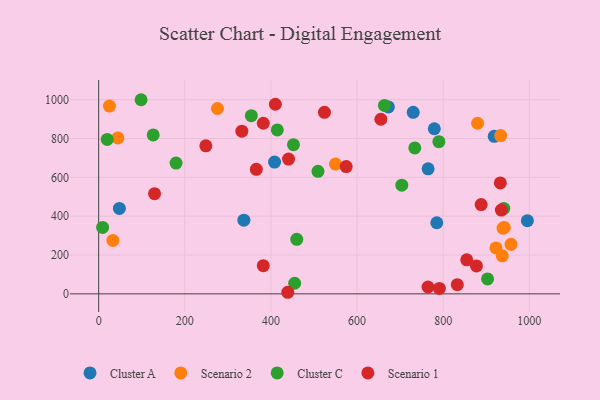
{"axis": {"x": "Experience", "y": "Salary"}, "legend": ["Cluster A", "Cluster C", "Scenario 1", "Scenario 2"], "data": [{"x": "48.1", "y": 439.9, "type": "Cluster A"}, {"x": "995.5", "y": 376.7, "type": "Cluster A"}, {"x": "779.4", "y": 850.4, "type": "Cluster A"}, {"x": "672.8", "y": 962.7, "type": "Cluster A"}, {"x": "765.0", "y": 644.1, "type": "Cluster A"}, {"x": "730.4", "y": 935.1, "type": "Cluster A"}, {"x": "785.1", "y": 366.2, "type": "Cluster A"}, {"x": "337.2", "y": 379.3, "type": "Cluster A"}, {"x": "918.5", "y": 811.2, "type": "Cluster A"}, {"x": "408.5", "y": 678.6, "type": "Cluster A"}, {"x": "942.0", "y": 341.6, "type": "Scenario 2"}, {"x": "922.6", "y": 236.7, "type": "Scenario 2"}, {"x": "25.1", "y": 967.2, "type": "Scenario 2"}, {"x": "957.6", "y": 255.2, "type": "Scenario 2"}, {"x": "33.1", "y": 275.3, "type": "Scenario 2"}, {"x": "549.9", "y": 668.3, "type": "Scenario 2"}, {"x": "879.9", "y": 878.6, "type": "Scenario 2"}, {"x": "939.1", "y": 338.3, "type": "Scenario 2"}, {"x": "933.5", "y": 815.2, "type": "Scenario 2"}, {"x": "44.7", "y": 803.2, "type": "Scenario 2"}, {"x": "275.8", "y": 954.5, "type": "Scenario 2"}, {"x": "937.2", "y": 195.8, "type": "Scenario 2"}, {"x": "790.0", "y": 784.0, "type": "Cluster C"}, {"x": "414.8", "y": 844.2, "type": "Cluster C"}, {"x": "703.9", "y": 559.6, "type": "Cluster C"}, {"x": "455.1", "y": 54.6, "type": "Cluster C"}, {"x": "509.3", "y": 631.0, "type": "Cluster C"}, {"x": "734.1", "y": 751.4, "type": "Cluster C"}, {"x": "903.1", "y": 77.1, "type": "Cluster C"}, {"x": "98.5", "y": 999.8, "type": "Cluster C"}, {"x": "126.6", "y": 818.3, "type": "Cluster C"}, {"x": "354.5", "y": 917.9, "type": "Cluster C"}, {"x": "940.8", "y": 440.0, "type": "Cluster C"}, {"x": "452.4", "y": 768.2, "type": "Cluster C"}, {"x": "663.6", "y": 970.5, "type": "Cluster C"}, {"x": "19.9", "y": 795.2, "type": "Cluster C"}, {"x": "179.7", "y": 673.4, "type": "Cluster C"}, {"x": "9.2", "y": 342.1, "type": "Cluster C"}, {"x": "460.0", "y": 280.7, "type": "Cluster C"}, {"x": "935.1", "y": 431.4, "type": "Scenario 1"}, {"x": "877.3", "y": 143.8, "type": "Scenario 1"}, {"x": "382.3", "y": 145.0, "type": "Scenario 1"}, {"x": "129.8", "y": 515.8, "type": "Scenario 1"}, {"x": "410.3", "y": 976.4, "type": "Scenario 1"}, {"x": "440.9", "y": 694.2, "type": "Scenario 1"}, {"x": "574.7", "y": 655.5, "type": "Scenario 1"}, {"x": "439.1", "y": 8.1, "type": "Scenario 1"}, {"x": "655.3", "y": 899.2, "type": "Scenario 1"}, {"x": "854.7", "y": 175.4, "type": "Scenario 1"}, {"x": "366.1", "y": 641.1, "type": "Scenario 1"}, {"x": "791.2", "y": 28.1, "type": "Scenario 1"}, {"x": "332.5", "y": 837.6, "type": "Scenario 1"}, {"x": "382.3", "y": 878.6, "type": "Scenario 1"}, {"x": "932.7", "y": 571.4, "type": "Scenario 1"}, {"x": "524.3", "y": 934.7, "type": "Scenario 1"}, {"x": "248.9", "y": 762.6, "type": "Scenario 1"}, {"x": "764.8", "y": 35.3, "type": "Scenario 1"}, {"x": "888.2", "y": 459.6, "type": "Scenario 1"}, {"x": "832.8", "y": 47.2, "type": "Scenario 1"}]}